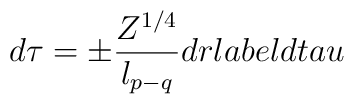
d \tau = \pm \frac{Z^{1/4}}{l_{p-q}} dr \